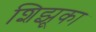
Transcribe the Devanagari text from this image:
शिझूका